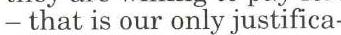
− that is our only justifica-